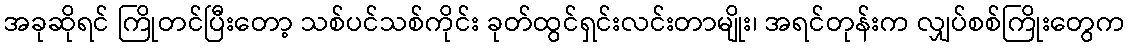
အခုဆိုရင် ကြိုတင်ပြီးတော့ သစ်ပင်သစ်ကိုင်း ခုတ်ထွင်ရှင်းလင်းတာမျိုး၊ အရင်တုန်းက လျှပ်စစ်ကြိုးတွေက